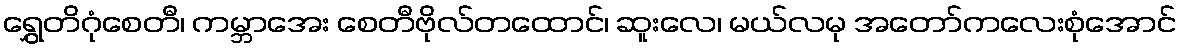
ရွှေတိဂုံစေတီ၊ ကမ္ဘာအေး စေတီဗိုလ်တထောင်၊ ဆူးလေ၊ မယ်လမု အတော်ကလေးစုံအောင်